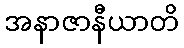
အနာဇာနီယာတိ